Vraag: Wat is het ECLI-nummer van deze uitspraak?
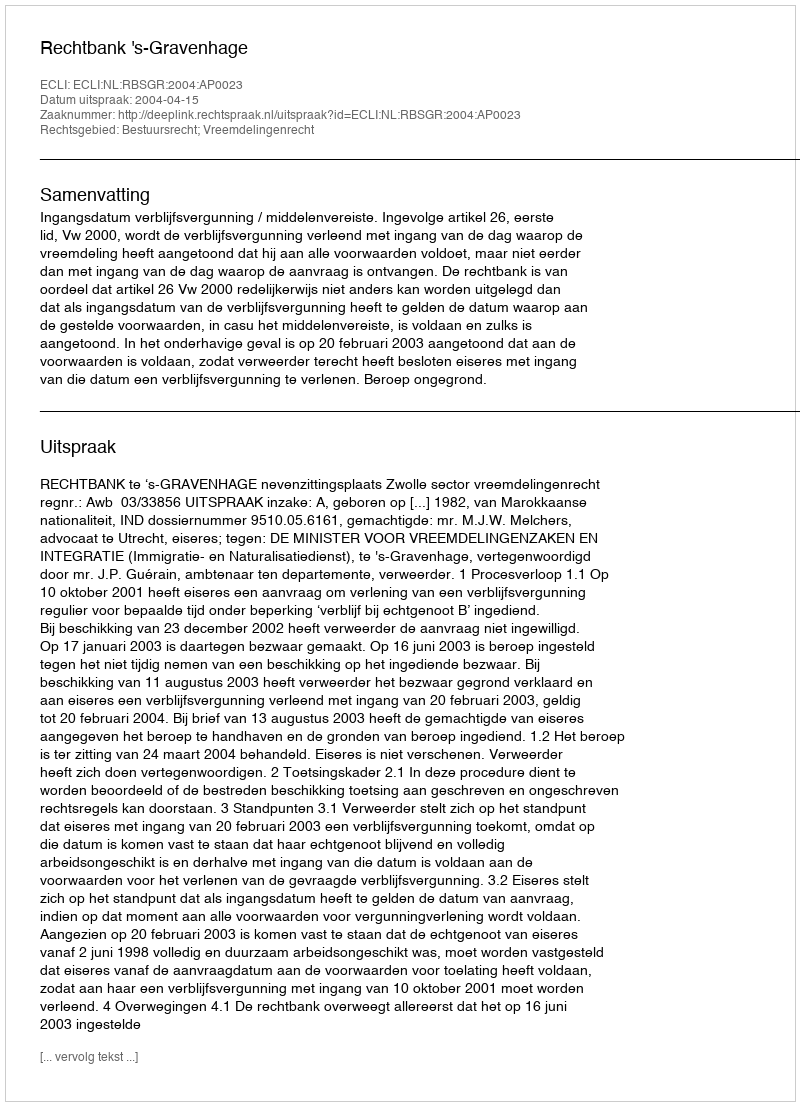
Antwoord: ECLI:NL:RBSGR:2004:AP0023